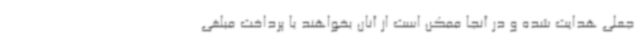
جعلی هدایت شده و در آنجا ممکن است از آنان بخواهند با پرداخت مبلغی